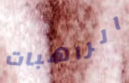
الراهبات